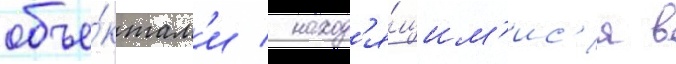
объе́ктам'и / наход'я́щим'ис'я в